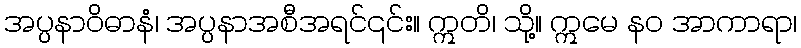
အပ္ပနာဝိဓာနံ၊ အပ္ပနာအစီအရင်၎င်း။ ဣတိ၊ သို့။ ဣမေ နဝ အာကာရာ၊